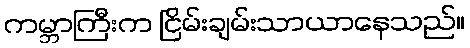
ကမ္ဘာကြီးက ငြိမ်းချမ်းသာယာနေသည်။